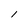
Character: l